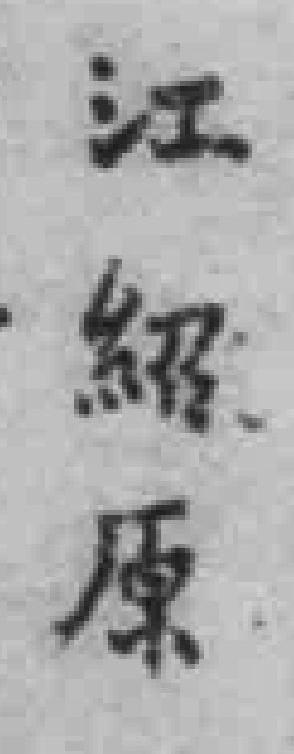
江紹原